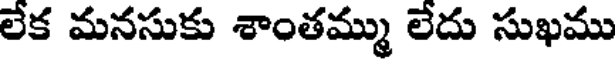
లేక మనసుకు శాంతమ్ము లేదు సుఖము